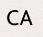
CA